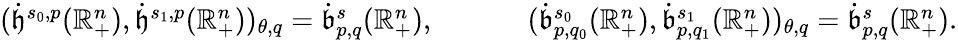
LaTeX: \begin{array}{rl}{(\dot{\mathfrak{h}}^{s_{0},p}(\mathbb{R}_{+}^{n}),\dot{\mathfrak{h}}^{s_{1},p}(\mathbb{R}_{+}^{n}))_{\theta,q}=\dot{\mathfrak{b}}_{p,q}^{s}(\mathbb{R}_{+}^{n})\mathrm{,~}}&{\qquad(\dot{\mathfrak{b}}_{p,q_{0}}^{s_{0}}(\mathbb{R}_{+}^{n}),\dot{\mathfrak{b}}_{p,q_{1}}^{s_{1}}(\mathbb{R}_{+}^{n}))_{\theta,q}=\dot{\mathfrak{b}}_{p,q}^{s}(\mathbb{R}_{+}^{n})\mathrm{.}}\end{array}